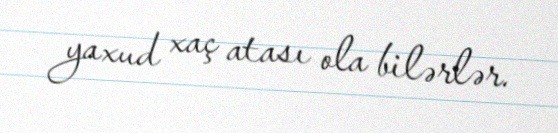
yaxud xaç atası ola bilərlər.